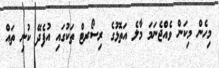
މިހެން މިކަން ވެއްޖެނަމަ މާލެ އަތޮޅުގެ ރިސޯރޓް ތަކުގައި އުފެދޭ ކުނި ތައް